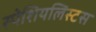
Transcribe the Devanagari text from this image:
स्पेशियलिस्टस